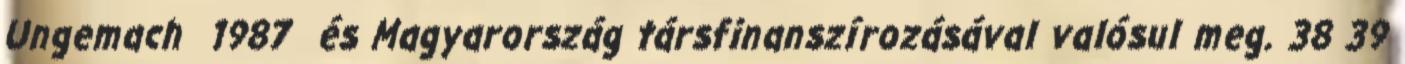
Ungemach 1987 és Magyarország társfinanszírozásával valósul meg. 38 39